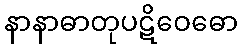
နာနာဓာတုပဋိဝေဓော